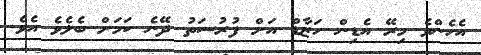
އެހެންވެ މިރޭ އެޑިން ހަޒާޑް އަށް ފުރުސަތު ދޭނެ ކަމަށް ބެލެވެ އެވެ.